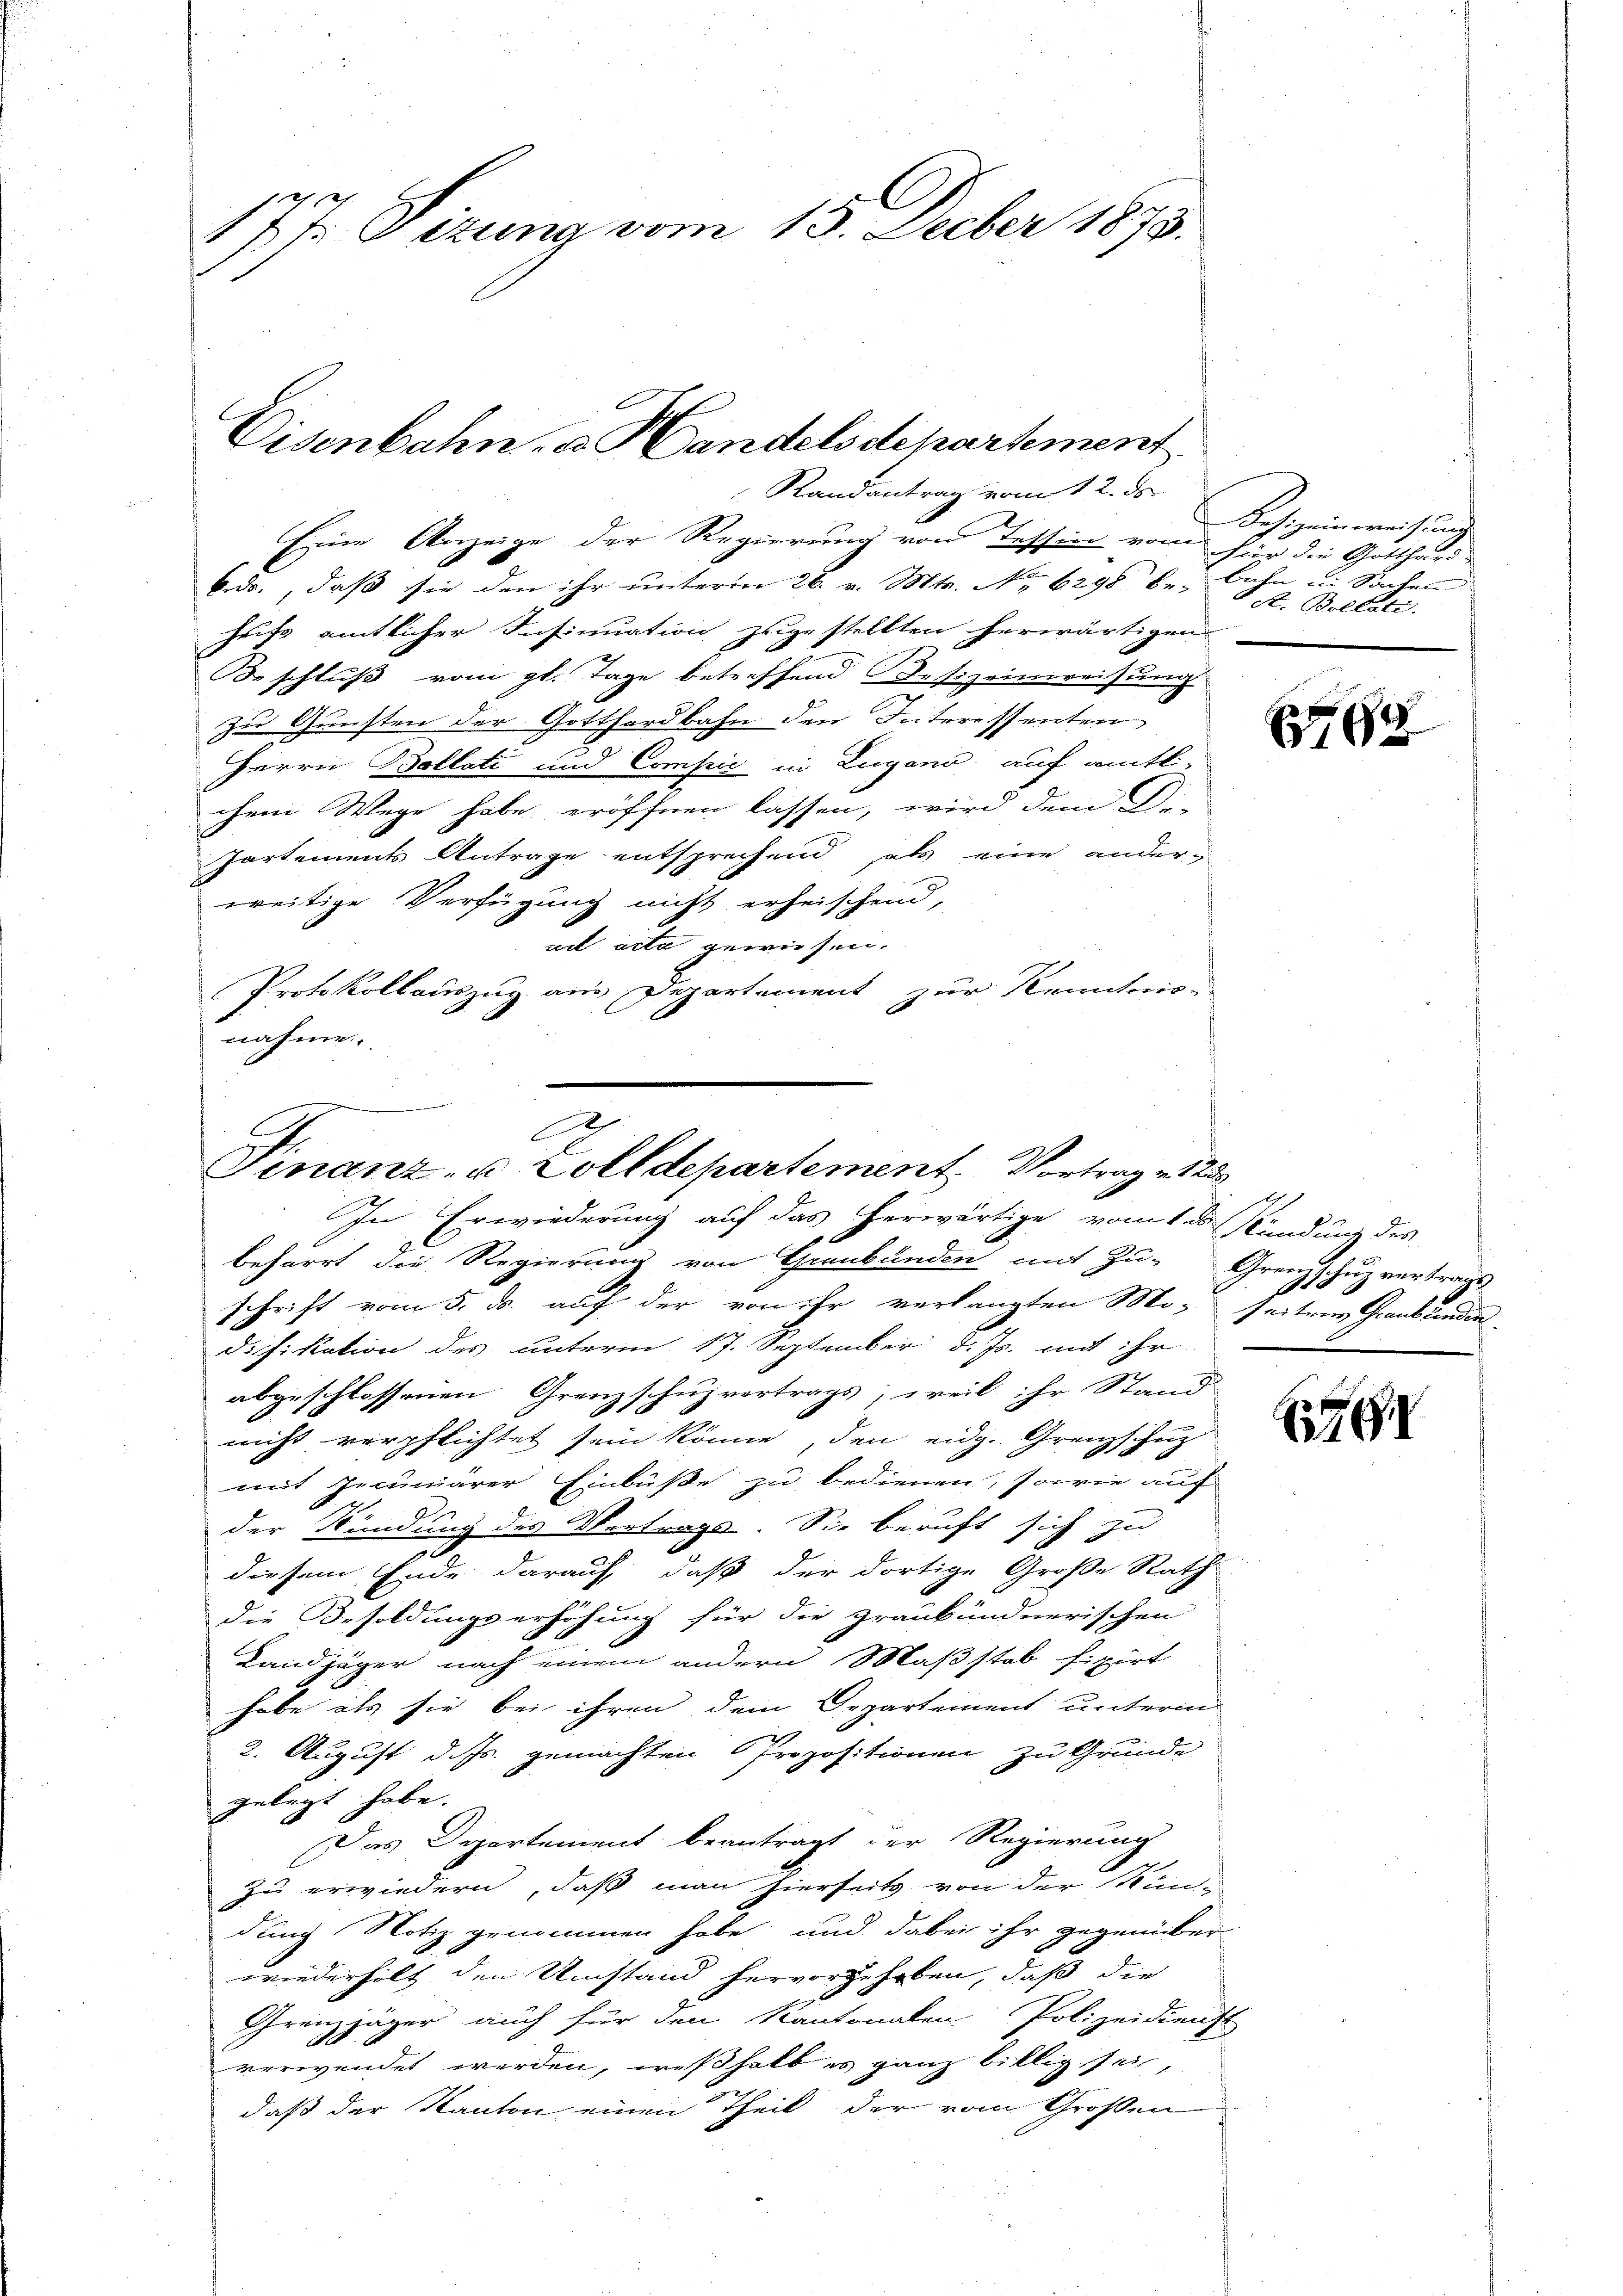
177. Sizung vom 15. Decber 1873.

Disenbahn, u. Handelsdepartement

Randantrag vom 12. ds.

Eine Anzeige der Regierung von Tessin vom für die Gotthard-
6. ds., daß sie den ihr unterm 26. v. Mts. No. 6298 be- Bahn in Sachen
hrist amtlicher Insinuation zugestellten herwärtigen
Beschluß vom gl. Tage betreffend Besizeinreizung
zu Gunsten der Gotthardbahn den Interessenten
Herrn Bollati und Compić in Lugano, auf amtli-
chem Wege habe eröffnen lassen, wird dem De-
Partements Antrage entsprechend als eine anderweitige Verfügung nicht erheischend,
uet acta gewiesen.
Protokollauszug aus Departement zur Kenntnis-
nahme.

r
A
C
Finanz- u. Zolldepartement. Vortrag v. 123
In Erwiederung auf das herwärtige vom 1 den Kündung des

Besizeinerweisung
R. Bollate.

beharrt die Regierung von Graubünden mit Zu-Grenzschuz vertrags
schrift vom 5. ds. auf der von ihr verlangten Mo- seitens Graubünden
Difikation des unterm 17. September d. Js. mit ihr
abgeschlossenen Grenzschuzvertrags; weil ihr Stand
nicht verpflichtet sein könne, den eidg. Grenzschuz
mit Jecuniärer Einbuße zu bedienen, sowie auf
der Kündung des Vertrage. Sie beruft sich zu
diesem Ende darauf, daß der dortige Große Rath
die Besoldungserhöhung für die graubündnerischen
Landjäger nach einem andern Maßstab fixirt
habe als sie bei ihren dem Departement unterm
2. August d. Js. gemachten Propositionen zu Grunde
gelegt habe.
Das Departement beantragt der Regierung
zu erwiedern, daß man hierseits von der Mundung Notiz genommen habe und dabei ihr gegenüber
wiederholt den Umstand hervorgehoben, daß die
Grenzjäger auch für den Kantonalen Polizeidienst
verwendet werden, weßhalb es ganz billig sei
daß der Kanton einen Theil der vom Großen

E

f

76